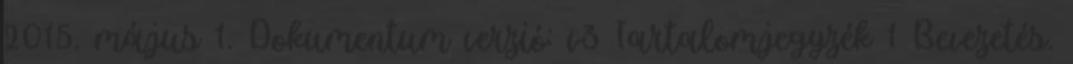
2015. május 1. Dokumentum verzió: v3 Tartalomjegyzék 1 Bevezetés.